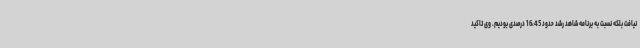
نیافت بلکه نسبت به برنامه شاهد رشد حدود 16،45 درصدی بودیم. وی تاکید